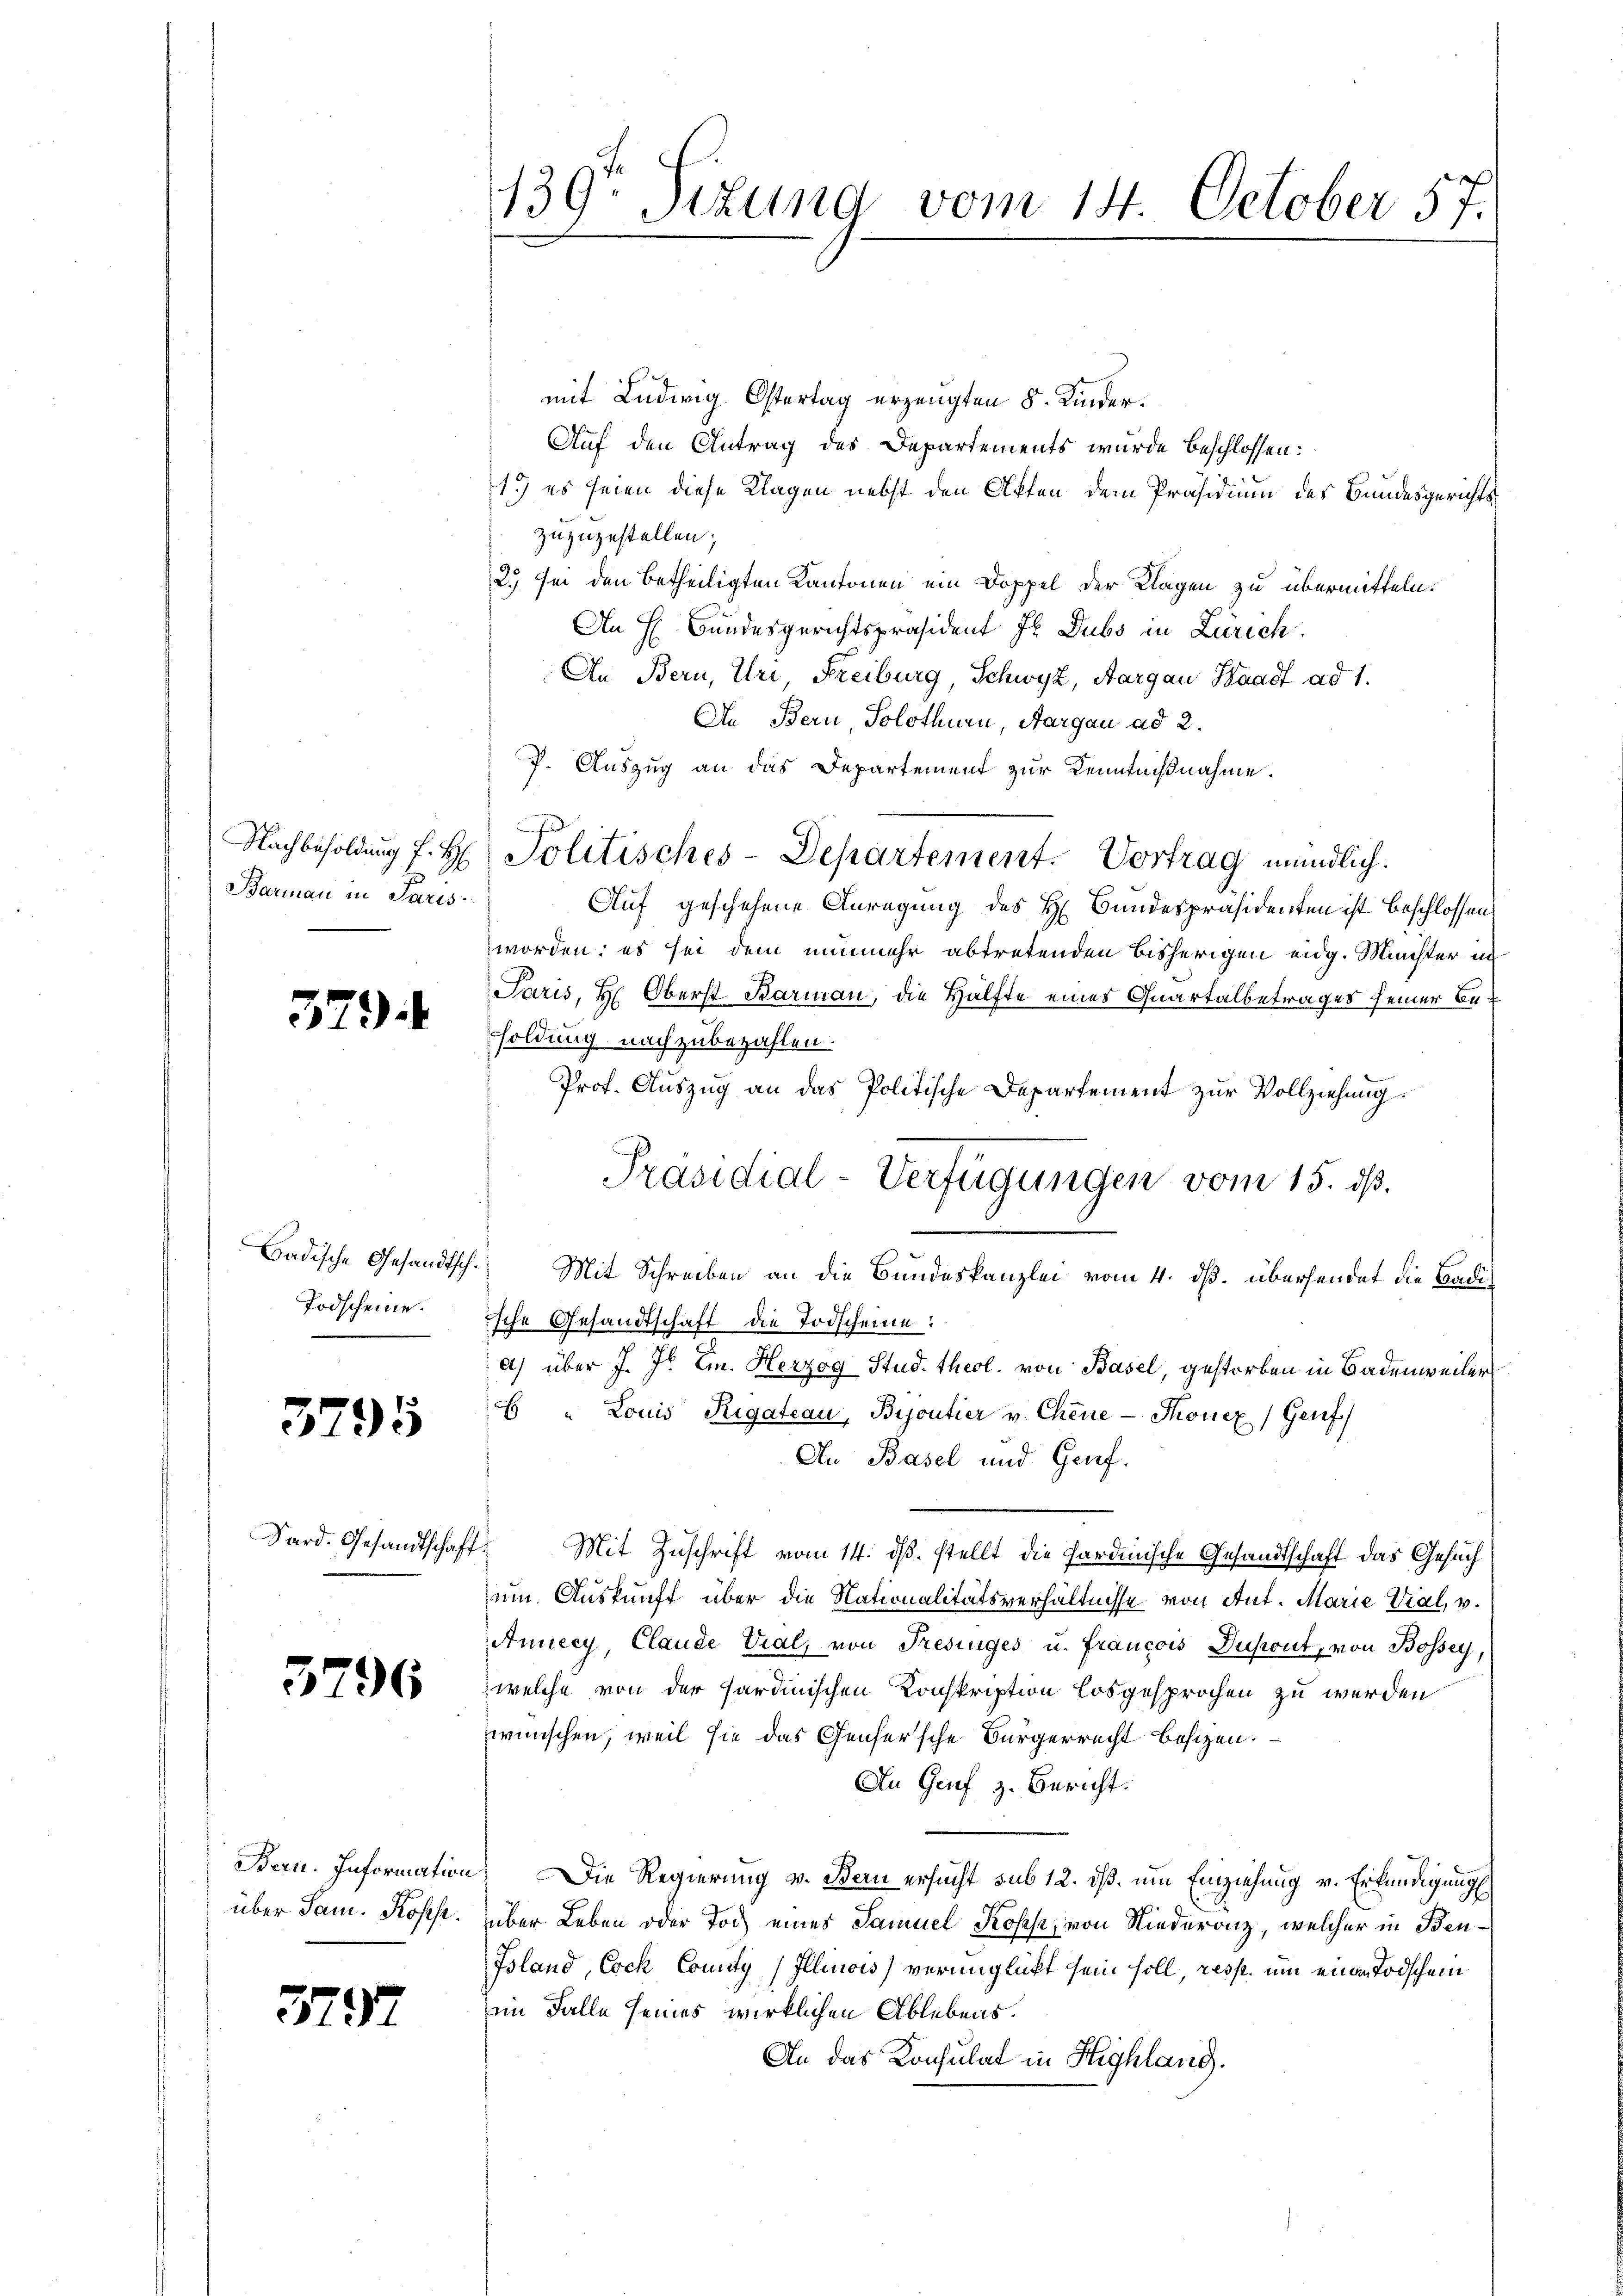
Barmann in Paris

529.

Badische Gesandtsch.
Todscheine.
e

3795

Sard. Gesandtschaf

5796

Bern. Information
über Sam. Kopfe.

3797

139. Sizung vom 14. October 57.

mit Ludwig Ostertag erzeugten 5 Kinder¬
Auf den Antrag des Departements wurde beschlossen:
1. es seien diese Klagen nebst den Akten dem Präsidium des Bundesgerichts
zuzuzustellen;
2.) sei den betheiligten Kantonen ein Doppel der Klagen zu übermitteln.
An H. Bundesgerichtspräsident J. Dubs in Zürich.
An Bern, Uri Freiburg, Schwyz, Aargau Waadt ad 1.
An Bern Solothurn, Aargau ad 2.
P. Auszug an das Departement zur Kenntnißnahme.
Auf geschehene Anregung des H. Bundespräsidenten ist beschlossen:
worden; es sei dem nunmehr abtretenden bisherigen eidg. Michter in
Paris, H. Oberst Barman, die Hälfte eines Quartalbetrages seiner Besoldung nachzubezahlen.
Prof. Auszug an das Politische Departement zur Vollziehung.
Mit Schreiben an die Bundeskanzlei vom 4. ds. übersendet die Badiische Gesandtschaft die Todscheine:
a) über J. Jb. Ein. Herzog Stud. theol. von Basel, gestorben in Badenweiler
6 " Louis Rigateau, Bijoutier u. Chene - Thonex (Genf)
Au Basel und Genf.
.
Mit Zuschrift vom 14. ds. stellt die Fardinische Gesandtschaft das Gesuch
.
um Auskunft über die Nationalitätsverhältnisse von Ant. Marie Vial, v.
Annecy, Claude Vial, von Fresinges u. Francois Dupont, von Bossey,
welche von der Hardinischen Konskription losgesprochen zu werden
wünschen, weil sie das Genfersche Bürgerrecht besizen.
An Genf z. Bericht:
. Die Regierung v. Bern ersucht sub 12. dß. um Einziehung v. Erkundigung
über Leben oder Tod eines Samuel Kopfe, von Niederanz, welcher in Benfsland, Cock County (Illinois) verunglickt sein soll, resp. um einen Todschem
im Falle seines wirklichen Ablebens.
An das Konsulat in Highlang.

Nachbesoldŭng f. H. Politisches-Departement. Vortrag mündlich.

Präsidial-Verfügungen vom 15. dß.